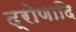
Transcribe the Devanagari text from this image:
द्रोणादि